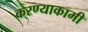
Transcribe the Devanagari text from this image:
करण्याकामी